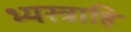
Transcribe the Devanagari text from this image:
भ्यस्त्राहि